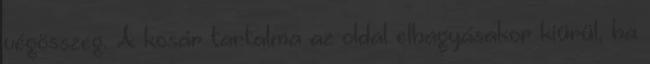
végösszeg. A kosár tartalma az oldal elhagyásakor kiürül, ha